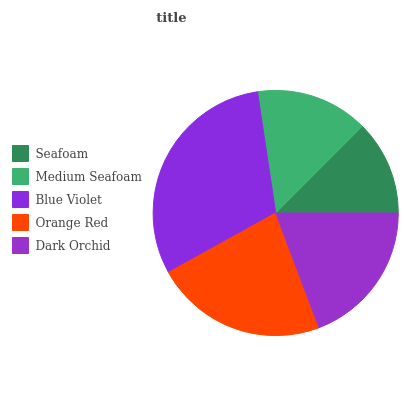
| Seafoam | Medium Seafoam | Blue Violet | Orange Red | Dark Orchid |
 | --- | --- | --- | --- | --- |
 | 12.5% | 14.8% | 30.7% | 22.7% | 19.2% |